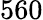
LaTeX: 560